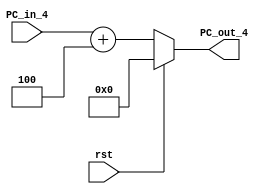

module ADDER (rst, PC_in_4, PC_out_4);

input rst;
input [7:0] PC_in_4;
output reg [7:0] PC_out_4;

/*initial begin

PC_out_4 = 8'b0;
end
*/
always @ (*) begin

if (rst) begin

PC_out_4 <= 8'b0;
end

else begin 
PC_out_4 <= PC_in_4+8'd4;
end

end

endmodule